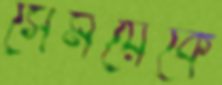
সেময়েকে